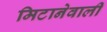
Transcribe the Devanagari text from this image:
मिटानेवाली